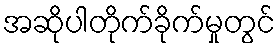
အဆိုပါတိုက်ခိုက်မှုတွင်